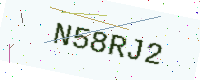
Text: N58RJ2